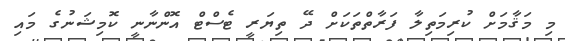
މި މަޤާމަށް ކުރިމަތިލާ ފަރާތްތަކަށް ދޭ ތިޔަރީ ޓެސްޓް އޮންނާނީ ކޮމިޝަނުގެ މައި